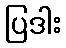
ပြဒါး